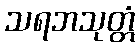
သရဘသုတ္တံ